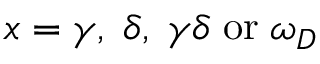
x = \gamma , \; \delta , \; \gamma \delta \; \mathrm { o r } \; \omega _ { D }